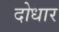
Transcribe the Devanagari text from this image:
दोधार